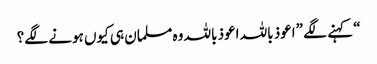
“ کہنے لگے ”اعوذ باللہ اعوذ باللہ وہ مسلمان ہی کیوں ہونے لگے؟